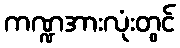
ကဏ္ဍအားလုံးတွင်